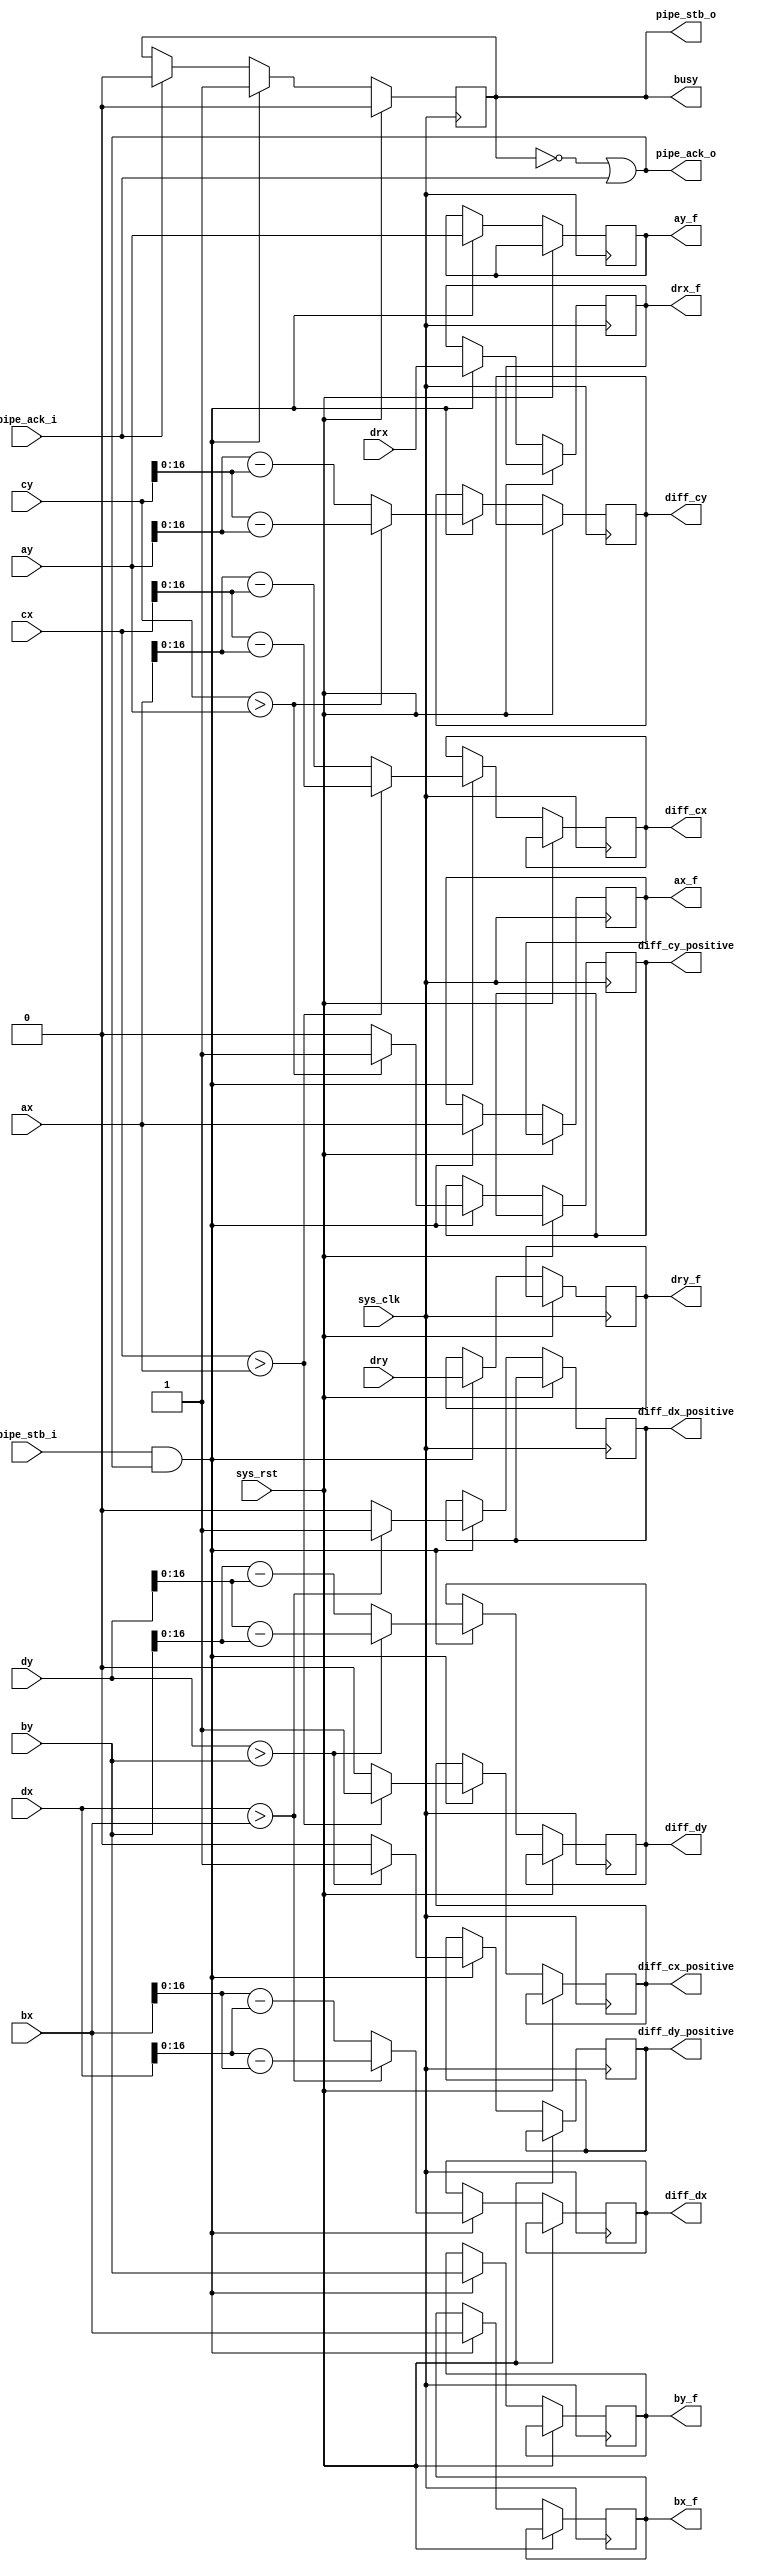
module tmu2_vdivops(
	input sys_clk,
	input sys_rst,

	output busy,

	input pipe_stb_i,
	output pipe_ack_o,
	input signed [17:0] ax,
	input signed [17:0] ay,
	input signed [17:0] bx,
	input signed [17:0] by,
	input signed [17:0] cx,
	input signed [17:0] cy,
	input signed [17:0] dx,
	input signed [17:0] dy,
	input signed [11:0] drx,
	input signed [11:0] dry,

	output reg pipe_stb_o,
	input pipe_ack_i,
	output reg signed [17:0] ax_f,
	output reg signed [17:0] ay_f,
	output reg signed [17:0] bx_f,
	output reg signed [17:0] by_f,
	output reg diff_cx_positive,
	output reg [16:0] diff_cx,
	output reg diff_cy_positive,
	output reg [16:0] diff_cy,
	output reg diff_dx_positive,
	output reg [16:0] diff_dx,
	output reg diff_dy_positive,
	output reg [16:0] diff_dy,
	output reg signed [11:0] drx_f,
	output reg signed [11:0] dry_f
);

always @(posedge sys_clk) begin
	if(sys_rst)
		pipe_stb_o <= 1'b0;
	else begin
		if(pipe_ack_i)
			pipe_stb_o <= 1'b0;
		if(pipe_stb_i & pipe_ack_o) begin
			pipe_stb_o <= 1'b1;
			if(cx > ax) begin
				diff_cx_positive <= 1'b1;
				diff_cx <= cx - ax;
			end else begin
				diff_cx_positive <= 1'b0;
				diff_cx <= ax - cx;
			end
			if(cy > ay) begin
				diff_cy_positive <= 1'b1;
				diff_cy <= cy - ay;
			end else begin
				diff_cy_positive <= 1'b0;
				diff_cy <= ay - cy;
			end
			if(dx > bx) begin
				diff_dx_positive <= 1'b1;
				diff_dx <= dx - bx;
			end else begin
				diff_dx_positive <= 1'b0;
				diff_dx <= bx - dx;
			end
			if(dy > by) begin
				diff_dy_positive <= 1'b1;
				diff_dy <= dy - by;
			end else begin
				diff_dy_positive <= 1'b0;
				diff_dy <= by - dy;
			end
			ax_f <= ax;
			ay_f <= ay;
			bx_f <= bx;
			by_f <= by;
			drx_f <= drx;
			dry_f <= dry;
		end
	end
end

assign pipe_ack_o = ~pipe_stb_o | pipe_ack_i;

assign busy = pipe_stb_o;

endmodule